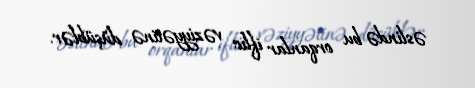
əslində bu orqanlar iflic vəziyyətinə düşüblər.